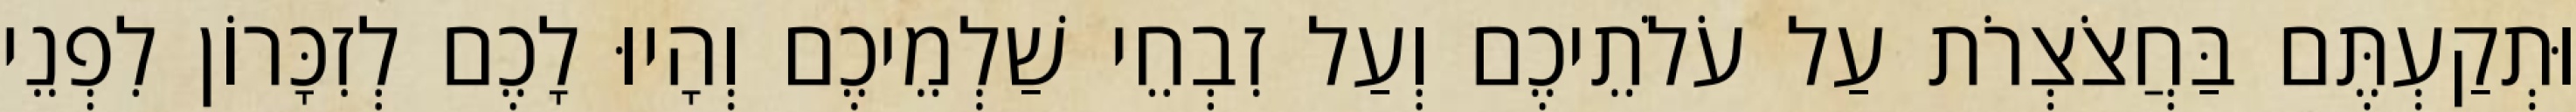
וּתְקַעְתֶּם בַּחֲצֹצְרֹת עַל עֹלֹתֵיכֶם וְעַל זִבְחֵי שַׁלְמֵיכֶם וְהָיוּ לָכֶם לְזִכָּרוֹן לִפְנֵי